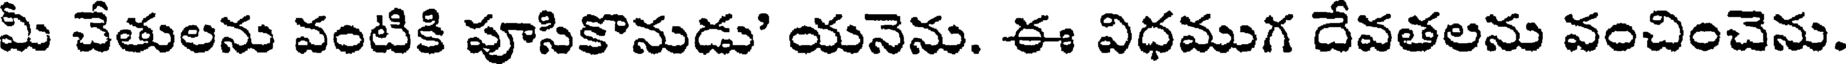
మీ చేతులను వంటికి పూసికొనుడు' యనెను. ఈ విధముగ దేవతలను వంచించెను.